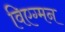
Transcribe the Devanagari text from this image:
विएग्मन